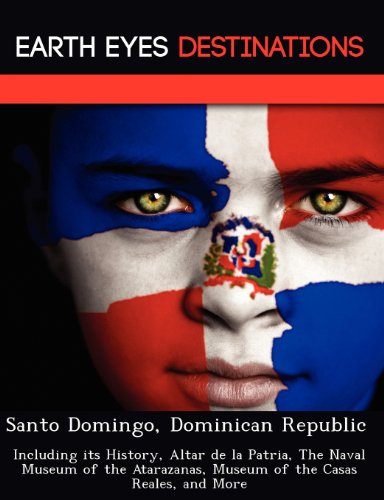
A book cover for Santo Domingo, Dominican Republic: Including its History, Altar de la Patria, The Naval Museum of the Atarazanas, Museum of the Casas Reales, and More; Sam Night; Travel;